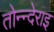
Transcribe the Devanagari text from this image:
तोन्न्देराइ